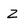
Character: Z